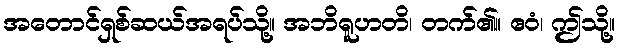
အတောင်ရှစ်ဆယ်အရပ်သို့။ အဘိရူဟတိ၊ တက်၏။ ဧဝံ၊ ဤသို့။